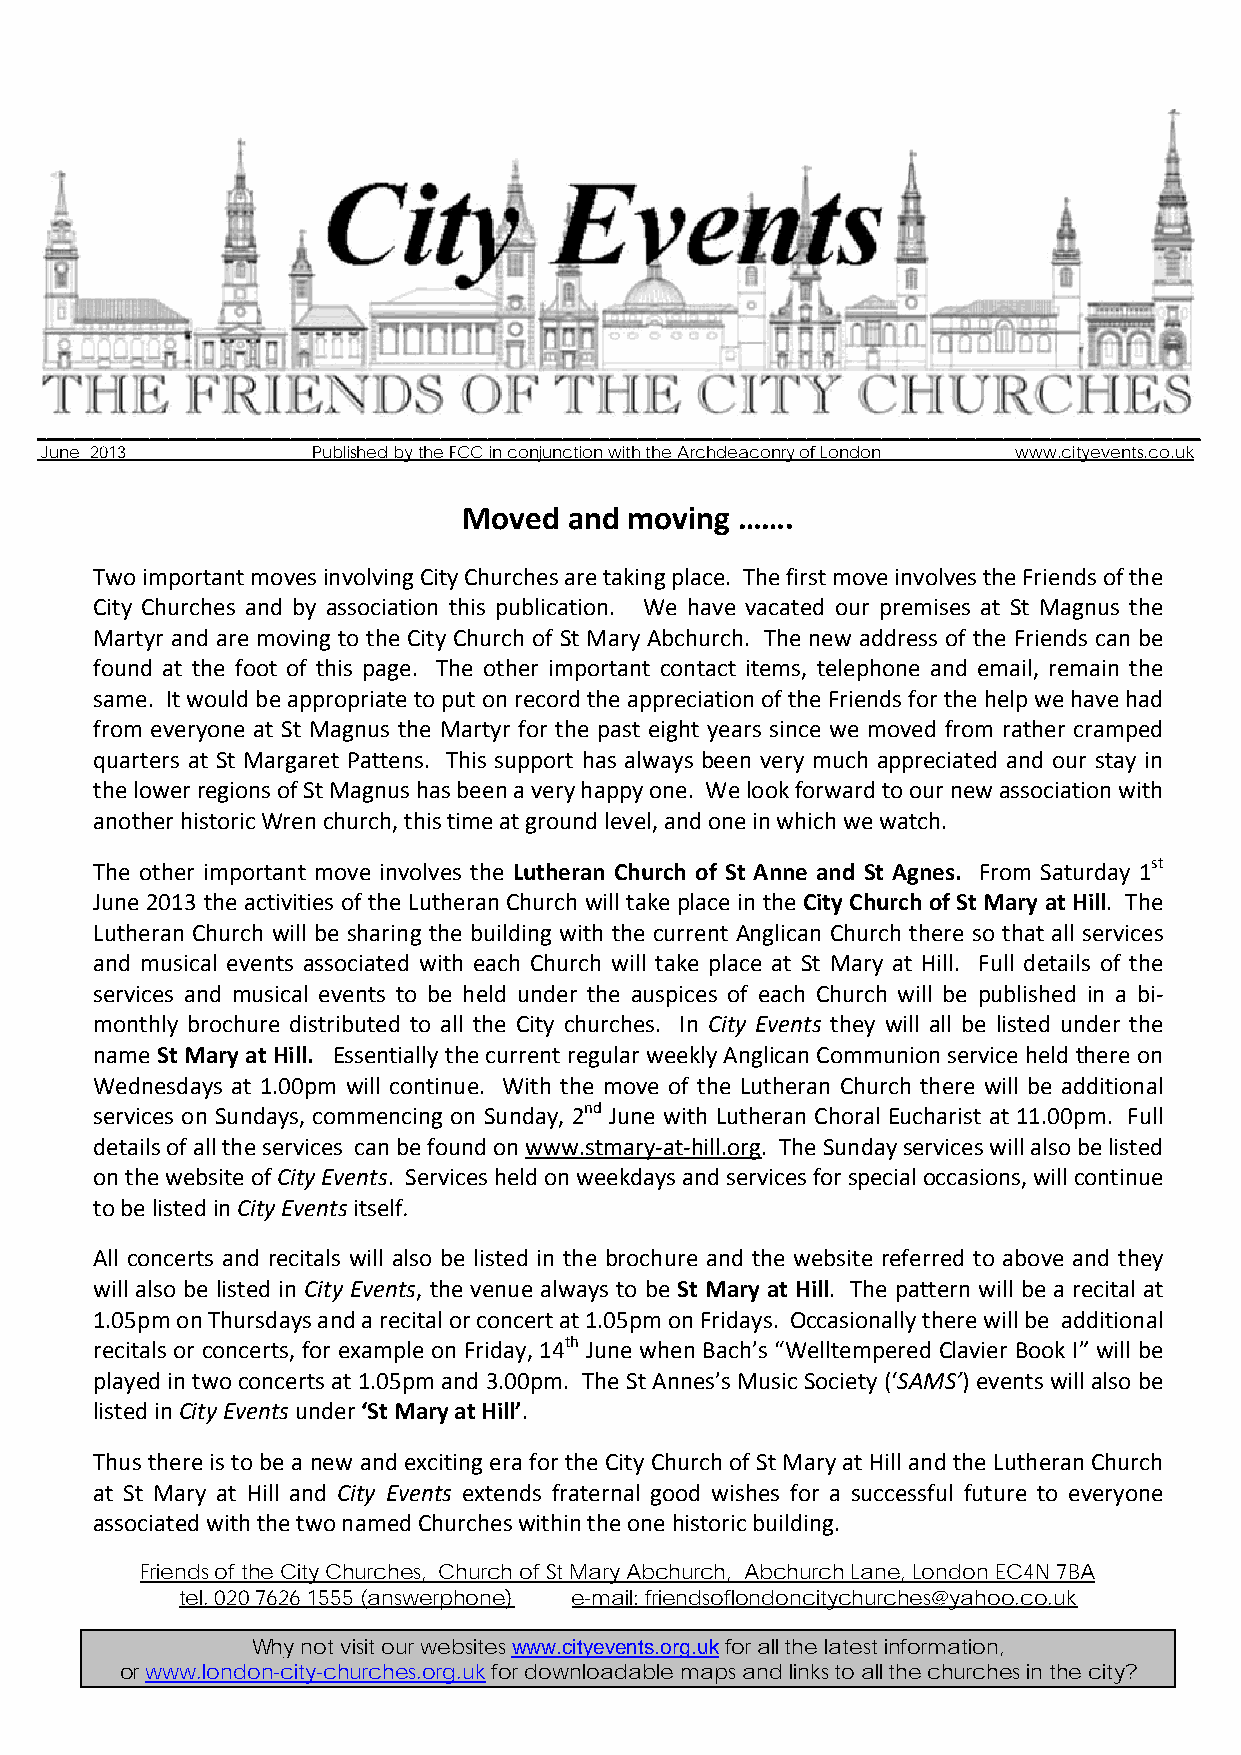
____________________________________________________________________________________________________________________________
 June 2013         Published by the FCC in conjunction with the Archdeaconry of London www.cityevents.co.uk
 Moved  and moving …….
 Two important moves involving City Churches are taking place. The first move involves the Friends of the
 City Churches and by association this publication. We have vacated our premises at St Magnus the
 Martyr and are moving to the City Church of St Mary Abchurch. The new address of the Friends can be
 found at the foot of this page. The other important contact items, telephone and email, remain the
 same. It would be appropriate to put on record the appreciation of the Friends for the help we have had
 from everyone at St Magnus the Martyr for the past eight years since we moved from rather cramped
 quarters at St Margaret Pattens. This support has always been very much appreciated and our stay in
 the lower regions of St Magnus has been a very happy one. We look forward to our new association with
 another historic Wren church, this time at ground level, and one in which we watch.
 The other important move involves the Lutheran Church of St Anne and St Agnes. From Saturday 1st
 June 2013 the activities of the Lutheran Church will take place in the City Church of St Mary at Hill. The
 Lutheran Church will be sharing the building with the current Anglican Church there so that all services
 and musical events associated with each Church will take place at St Mary at Hill. Full details of the
 services and musical events to be held under the auspices of each Church will be published in a bi‐
 monthly brochure distributed to all the City churches. In City Events they will all be listed under the
 name St Mary at Hill. Essentially the current regular weekly Anglican Communion service held there on
 Wednesdays at 1.00pm will continue. With the move of the Lutheran Church there will be additional
 services on Sundays, commencing on Sunday, 2nd June with Lutheran Choral Eucharist at 11.00pm. Full
 details of all the services can be found on www.stmary‐at‐hill.org. The Sunday services will also be listed
 on the website of City Events. Services held on weekdays and services for special occasions, will continue
 to be listed in City Events itself.
 All concerts and recitals will also be listed in the brochure and the website referred to above and they
 will also be listed in City Events, the venue always to be St Mary at Hill. The pattern will be a recital at
 1.05pm on Thursdays and a recital or concert at 1.05pm on Fridays. Occasionally there will be additional
 recitals or concerts, for example on Friday, 14th June when Bach’s “Welltempered Clavier Book I” will be
 played in two concerts at 1.05pm and 3.00pm. The St Annes’s Music Society (‘SAMS’) events will also be
 listed in City Events under ‘St Mary at Hill’.
 Thus there is to be a new and exciting era for the City Church of St Mary at Hill and the Lutheran Church
 at St Mary at Hill and City Events extends fraternal good wishes for a successful future to everyone
 associated with the two named Churches within the one historic building.
 Friends of the City Churches, Church of St Mary Abchurch, Abchurch Lane, London EC4N 7BA
 tel. 020 7626 1555 (answerphone) e-mail: friendsoflondoncitychurches@yahoo.co.uk
 Why not visit our websites www.cityevents.org.uk for all the latest information,
 or www.london-city-churches.org.uk for downloadable maps and links to all the churches in the city?